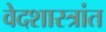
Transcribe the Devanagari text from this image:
वेदशास्त्रांत